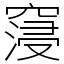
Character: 䆮